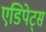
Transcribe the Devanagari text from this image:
एडिपेट्स